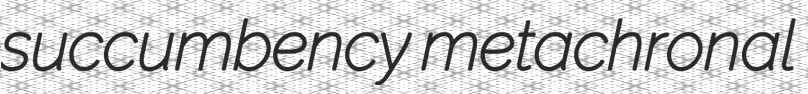
succumbency metachronal